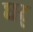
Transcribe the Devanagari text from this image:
धर्